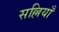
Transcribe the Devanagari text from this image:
सल्लियाँ